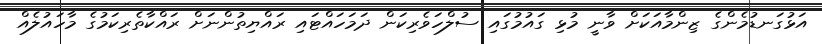
އަޅުގަނޑުމެންގެ ޒިންމާއަކަށް ވާނީ މުޅި ގައުމުގައި ސުލްހަވެރިކަން ދަމަހައްޓައި ރައްޔިތުންނަށް ރައްކާތެރިކަމުގެ މާހައުލެއް